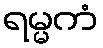
ရမ္မကံ